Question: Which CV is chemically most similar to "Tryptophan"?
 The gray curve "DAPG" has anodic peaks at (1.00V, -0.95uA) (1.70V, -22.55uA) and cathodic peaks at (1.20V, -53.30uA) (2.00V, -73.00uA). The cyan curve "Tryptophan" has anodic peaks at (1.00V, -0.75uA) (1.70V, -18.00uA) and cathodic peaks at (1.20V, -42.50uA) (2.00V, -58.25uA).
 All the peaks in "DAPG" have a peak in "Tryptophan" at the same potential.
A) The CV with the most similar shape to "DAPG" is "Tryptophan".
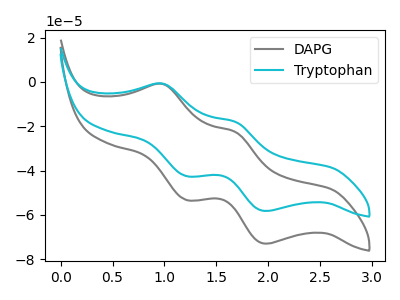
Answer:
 <answer>A) The CV with the most similar shape to "DAPG" is "Tryptophan".</answer>
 <eval>A</eval>